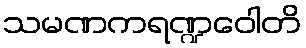
သမဏကရဏ္ဍဝေါတိ